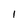
Character: 1